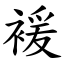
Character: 褑